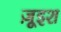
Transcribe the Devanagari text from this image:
ज़ूइश